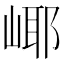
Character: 𱛹